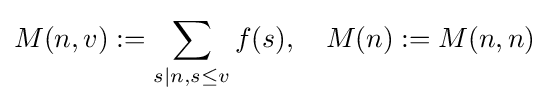
M(n,v):=\sum \limits _{s|n,s\leq v}f(s),\quad M(n):=M(n,n)